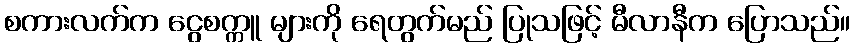
စကားလက်က ငွေစက္ကူ များကို ရေတွက်မည် ပြုသဖြင့် မီလာနီက ပြောသည်။